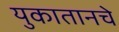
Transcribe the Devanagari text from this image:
युकातानचे